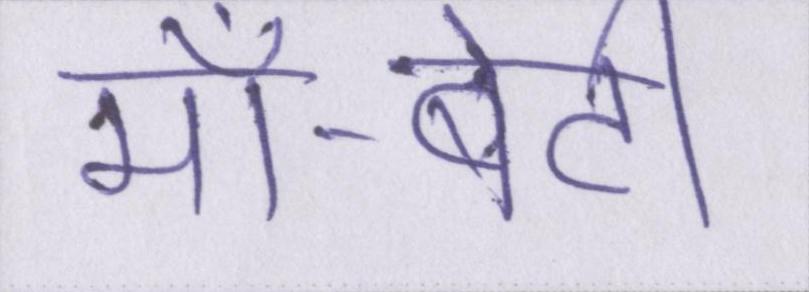
माँ-बेटी